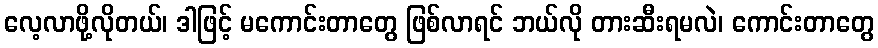
လေ့လာဖို့လိုတယ်၊ ဒါဖြင့် မကောင်းတာတွေ ဖြစ်လာရင် ဘယ်လို တားဆီးရမလဲ၊ ကောင်းတာတွေ